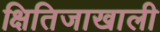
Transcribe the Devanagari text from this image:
क्षितिजाखाली